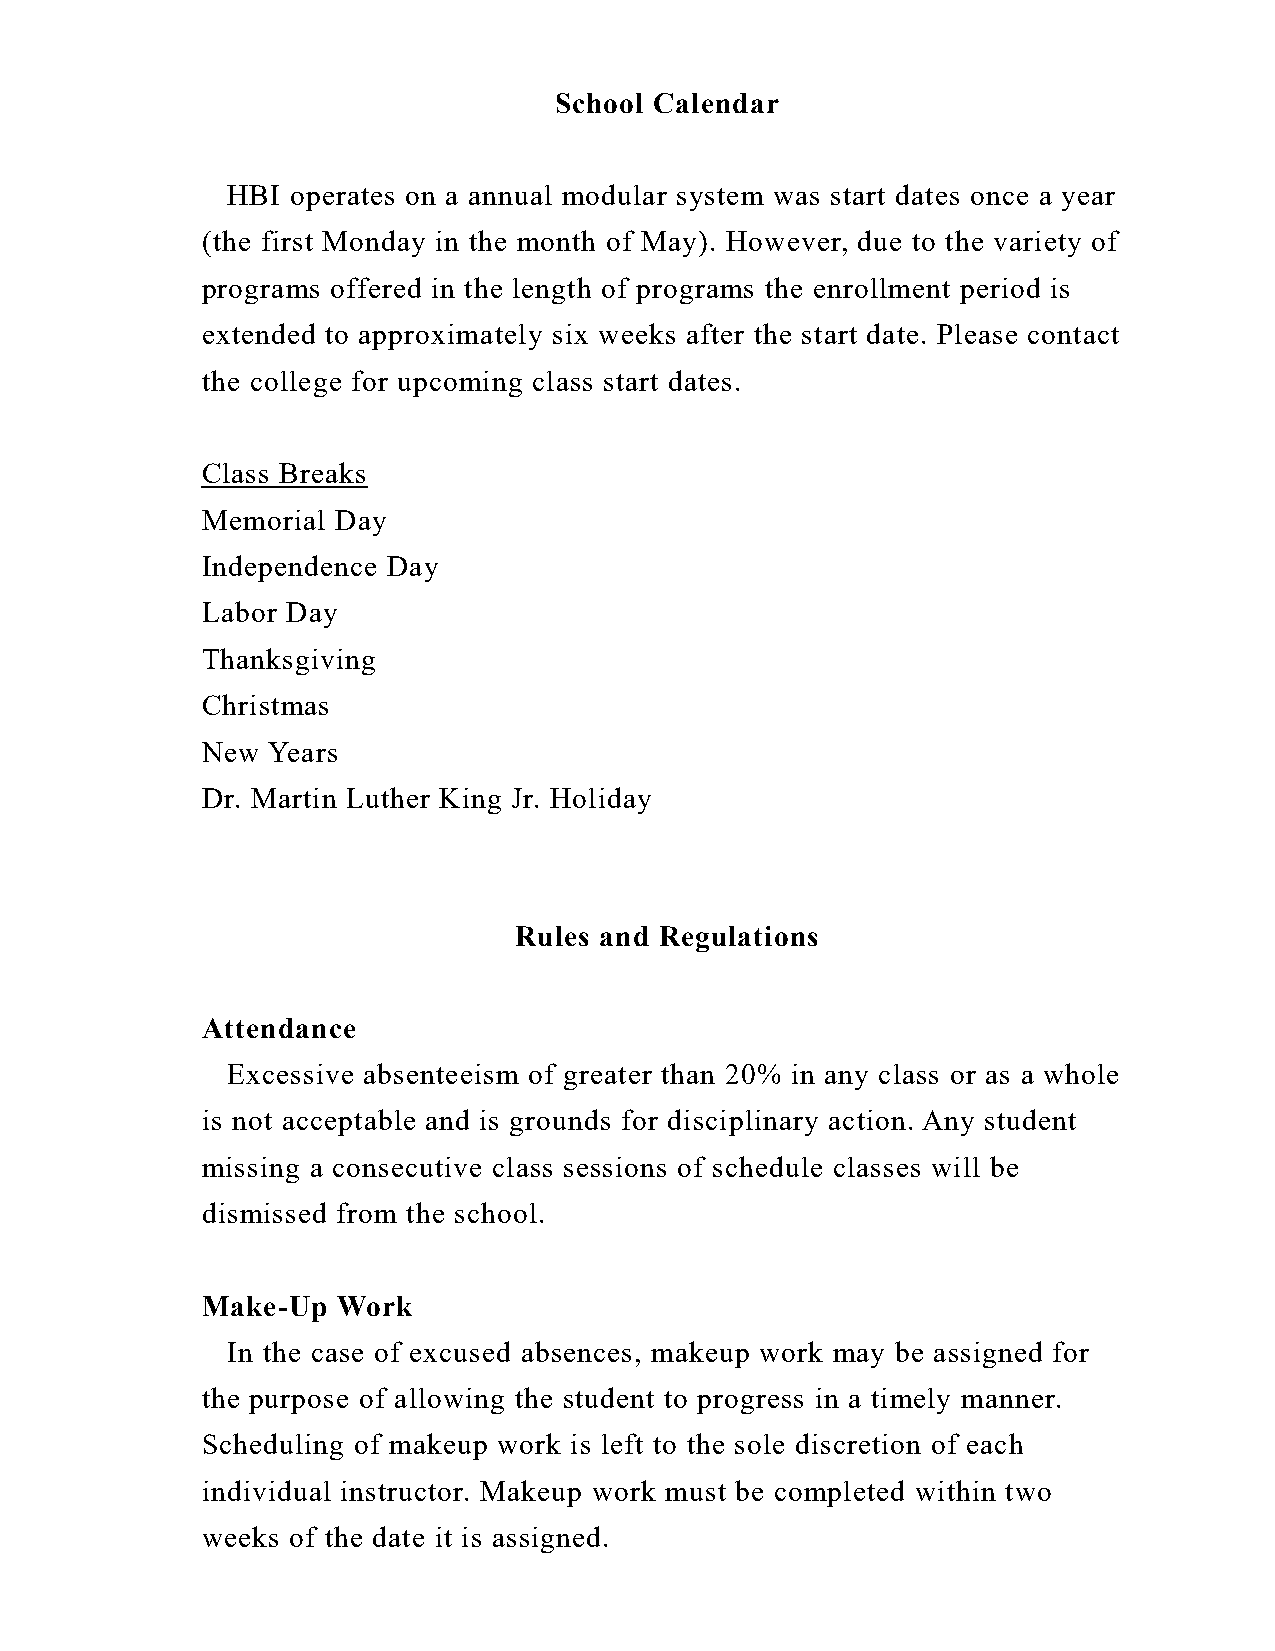
School Calendar
 HBI operates on a annual modular system was start dates once a year
 (the first Monday in the month of May). However, due to the variety of
 programs offered in the length of programs the enrollment period is
 extended to approximately six weeks after the start date. Please contact
 the college for upcoming class start dates.
 Class Breaks
 Memorial Day
 Independence Day
 Labor Day
 Thanksgiving
 Christmas
 New  Years
 Dr. Martin Luther King Jr. Holiday
 Rules and Regulations
 Attendance
 Excessive absenteeism of greater than 20% in any class or as a whole
 is not acceptable and is grounds for disciplinary action. Any student
 missing a consecutive class sessions of schedule classes will be
 dismissed from the school.
 Make-Up  Work
 In the case of excused absences, makeup work may be assigned for
 the purpose of allowing the student to progress in a timely manner.
 Scheduling of makeup work is left to the sole discretion of each
 individual instructor. Makeup work must be completed within two
 weeks of the date it is assigned.